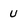
Character: u